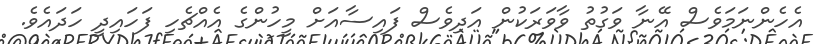
އެހެންނަމަވެސް އޭނާ ވަގުތު ވާވަރަކުން އަދިވެސް ފައިސާއަށް މީހުންގެ އެއްޗެހި ފަހައިދީ ހަދައެވެ.